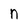
Character: n